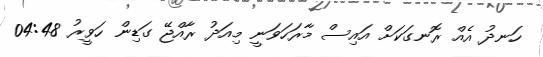
ހަނދު އެއް ރޮނގަކަށް އައިސް މާރަހަވަނީ މިއަދު ރާއްޖޭ ގަޑިން ހަވީރު 04:48